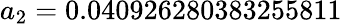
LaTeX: a_{2}=0.040926280383255811